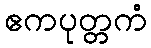
ဧကပုတ္တကံ